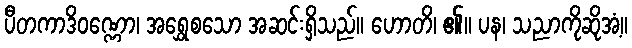
ပီတကာဒိဝဏ္ဏော၊ အရွှေစသော အဆင်းရှိသည်။ ဟောတိ၊ ၏။ ပန၊ သညာကိုဆိုအံ့။